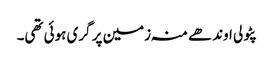
پٹولی اوندھے منہ زمین پر گری ہوئی تھی۔